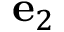
\mathbf { e } _ { 2 }